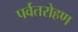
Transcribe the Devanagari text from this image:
पर्वतरोहण